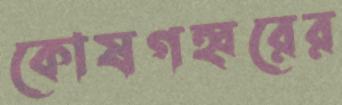
কোষগহ্বরের